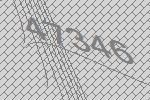
47346